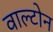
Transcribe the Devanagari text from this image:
वाल्टोन